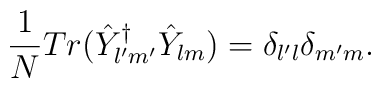
\frac{1}{N}Tr(\hat{Y}^{\dagger}_{l^{\prime}m^{\prime}}\hat{Y}_{lm})=\delta_{l^{\prime}l}\delta_{m^{\prime}m}.